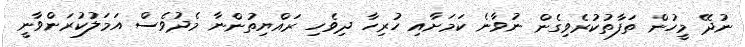
ނުދޭ މީހުން ތަފާތުކުރެވިގެން ނުވާނެ ކަމަށާއި ހުރިހާ ދިވެހި ރައްޔިތުންނާ މެދުވެސް އަމަލުކުރަންވާނީ